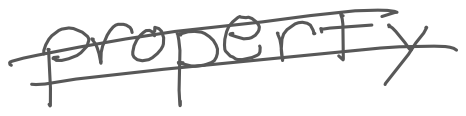
Text: property
Cross-out: double-line
Writing tool: digital_gray